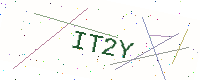
Text: IT2Y